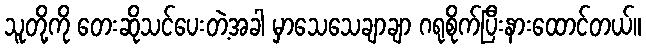
သူတို့ကို တေးဆိုသင်ပေးတဲ့အခါ မှာသေသေချာချာ ဂရုစိုက်ပြီးနားထောင်တယ်။